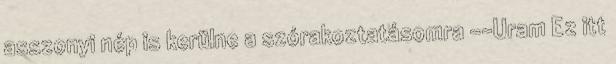
asszonyi nép is kerülne a szórakoztatásomra --Uram Ez itt